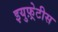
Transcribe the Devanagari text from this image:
इयुफ़्रेटीस